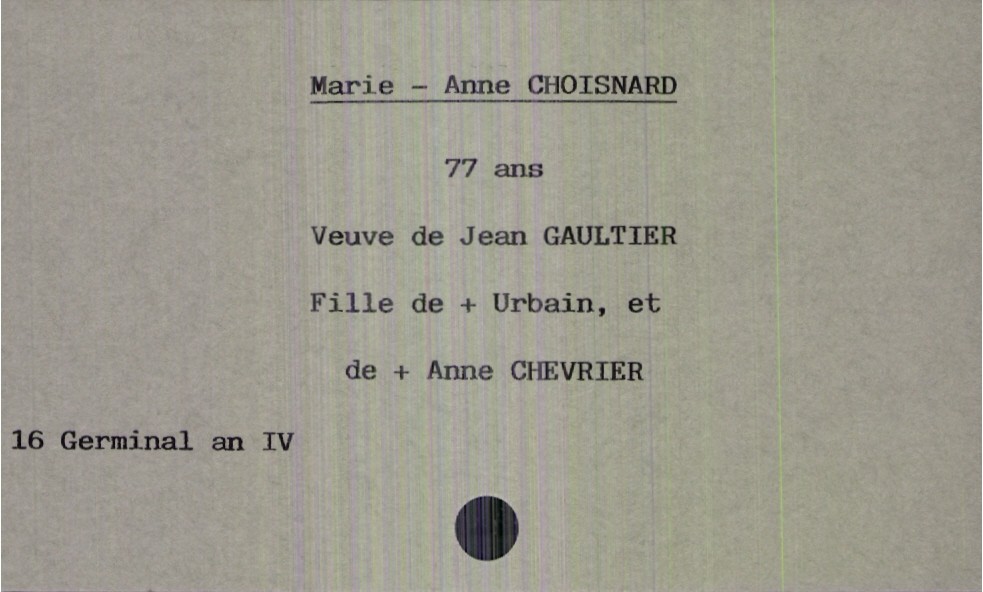
type_acte: Décès
année: an IV
mois: germinal
jour: 16
défunt_nom: Choisnard
défunt_prénom: Marie-Anne
défunt_sexe: F
défunt_âge: 77 ans
défunt_statut: veuf(ve)
père_défunt_nom: Choisnard
père_défunt_prénom: Urbain
père_défunt_statut: décédé
mère_défunt_nom: Chevrier
mère_défunt_prénom: Anne
mère_défunt_statut: décédée